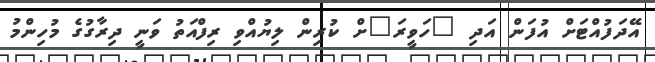
އޭދަފުއްޓަށް އުފަން އަދި "ހަވީރަ"ށް ކުރިން ލިޔުއްވި ރިފްއަތު ވަނީ ދިރާގުގެ މުހިންމު